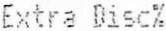
EXTRA DISC%